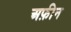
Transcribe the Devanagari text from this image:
अफ़ीन